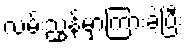
လမ်းညွှန်မှာကြားခဲ့ပြီး